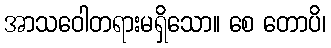
အာသဝေါတရားမရှိသော။ စေ တောပိ၊